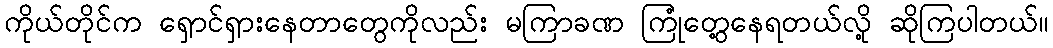
ကိုယ်တိုင်က ရှောင်ရှားနေတာတွေကိုလည်း မကြာခဏ ကြုံတွေ့နေရတယ်လို့ ဆိုကြပါတယ်။